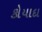
કોયાદા